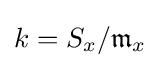
k=S_{x}/{\mathfrak {m}}_{x}